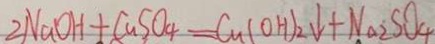
2 N a O H + C u S O _ { 4 } = C u ( O H ) _ { 2 } \downarrow + N a _ { 2 } S O _ { 4 }